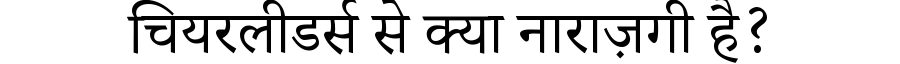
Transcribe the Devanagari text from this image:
चियरलीडर्स से क्या नाराज़गी है?